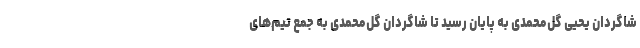
شاگردان یحیی گل‌محمدی به پایان رسید تا شاگردان گل‌محمدی به جمع تیم‌های